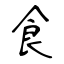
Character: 食